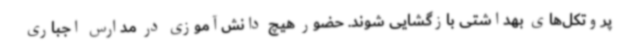
پروتکل‌های بهداشتی بازگشایی شوند. حضور هیچ دانش‌آموزی در مدارس اجباری